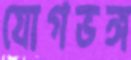
যোগভঙ্গ